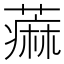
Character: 𫉭